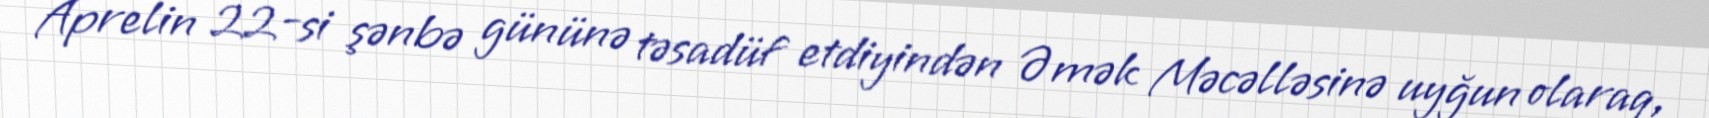
Aprelin 22-si şənbə gününə təsadüf etdiyindən Əmək Məcəlləsinə uyğun olaraq,